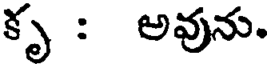
కృ : అవును.